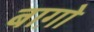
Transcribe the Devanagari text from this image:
बाग़ो